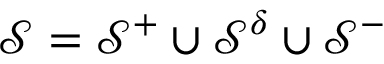
\mathcal { S } = \mathcal { S } ^ { + } \cup \mathcal { S } ^ { \delta } \cup \mathcal { S } ^ { - }